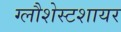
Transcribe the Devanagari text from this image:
ग्लौशेस्टशायर